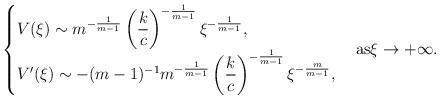
LaTeX: \begin{align*}\begin{cases}V(\xi) \sim m^{-\frac{1}{m-1}}\left(\dfrac{k}{c}\right)^{-\frac{1}{m-1}}\xi^{-\frac{1}{m-1}},\\V'(\xi) \sim -(m-1)^{-1}m^{-\frac{1}{m-1}}\left(\dfrac{k}{c}\right)^{-\frac{1}{m-1}}\xi^{-\frac{m}{m-1}},\end{cases}{\rm{as}} \xi\to +\infty.\end{align*}